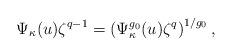
LaTeX: \begin{align*}\Psi_\kappa(u)\zeta^{q-1}= \left(\Psi_\kappa^{g_0}(u) \zeta^q\right)^{1/g_0},\end{align*}